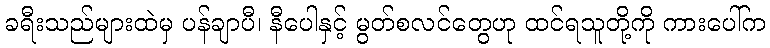
ခရီးသည်များထဲမှ ပန်ချာပီ၊ နီပေါနှင့် မွတ်စလင်တွေဟု ထင်ရသူတို့ကို ကားပေါ်က